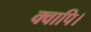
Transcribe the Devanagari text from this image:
क्वापि।